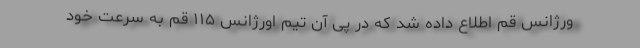
ورژانس قم اطلاع داده شد که در پی آن تیم اورژانس ۱۱۵ قم به سرعت خود